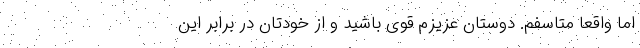
اما واقعا متاسفم. دوستان عزیزم قوی باشید و از خودتان در برابر این